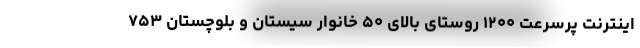
اینترنت پرسرعت ۱۲۰۰ روستای بالای ۵۰ خانوار سیستان و بلوچستان ۷۵۳